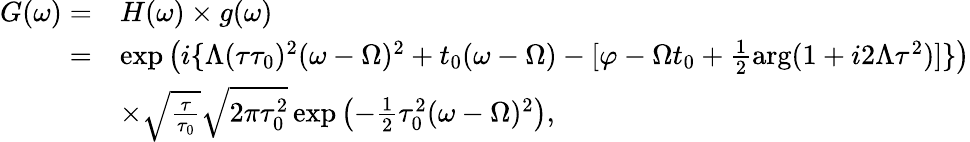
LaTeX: \begin{array}{rl}{G(\omega)=}&{H(\omega)\times g(\omega)}\\ {=}&{\exp\left(i\{ \Lambda(\tau\tau_{0})^{2}(\omega-\Omega)^{2}+t_{0}(\omega-\Omega)-[\varphi-\Omega t_{0}+\frac{1}{2}\arg(1+i2\Lambda\tau^{2})]\} \right)}\\ &{\times\sqrt{\frac{\tau}{\tau_{0}}}\sqrt{2\pi\tau_{0}^{2}}\exp\left(-\frac{1}{2}\tau_{0}^{2}(\omega-\Omega)^{2}\right),}\end{array}